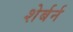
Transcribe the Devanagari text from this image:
शेर्बर्न